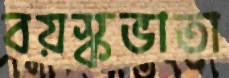
বয়স্কভাতা